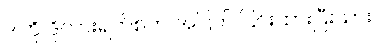
ဒါကို ဒိုလားရက်စ်က အပြတ် ငြင်းထားပြီးသား။